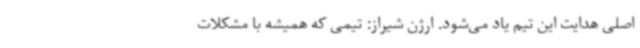
اصلی هدایت این تیم یاد می‌شود. ارژن شیراز: تیمی که همیشه با مشکلات